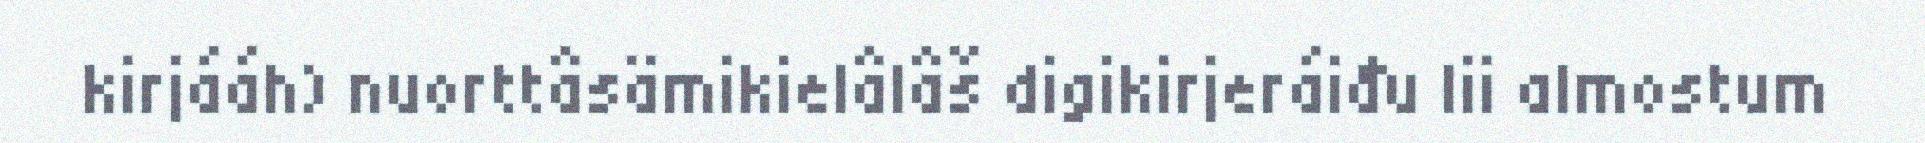
kirjááh) nuorttâsämikielâlâš digikirjeráiđu lii almostum